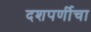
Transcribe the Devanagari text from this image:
दशपर्णीचा